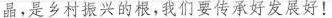
晶，是乡村振兴的根，我们要传承好发展好!